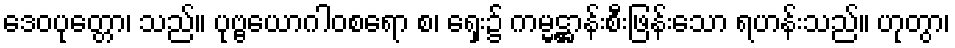
ဒေဝပုတ္တော၊ သည်။ ပုဗ္ဗယောဂါဝစရော စ၊ ရှေး၌ ကမ္မဋ္ဌာန်းစီးဖြန်းသော ရဟန်းသည်။ ဟုတွာ၊